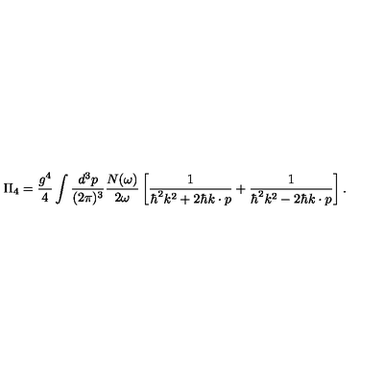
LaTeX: \Pi _ { 4 } = \frac { g ^ { 4 } } { 4 } \int \frac { d ^ { 3 } p } { ( 2 \pi ) ^ { 3 } } \frac { N ( \omega ) } { 2 \omega } \left[ \frac { 1 } { \hbar ^ { 2 } k ^ { 2 } + 2 \hbar k \cdot p } + \frac { 1 } { \hbar ^ { 2 } k ^ { 2 } - 2 \hbar k \cdot p } \right] .